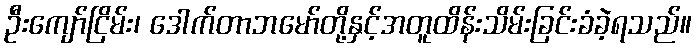
ဦးကျော်ငြိမ်း၊ ဒေါက်တာဘမော်တို့နှင့်အတူထိန်းသိမ်းခြင်းခံခဲ့ရသည်။